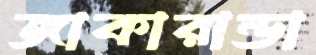
জাকারান্ডা